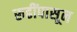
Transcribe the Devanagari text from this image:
रूढींपासून